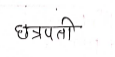
मजकूर: छत्रपती